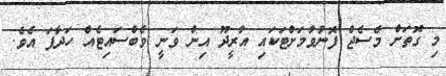
މި ގޮތަށް މެސެޖް ފޮނުވުމަށްޓަކައި އުރީދޫ އިން ވަނީ ވެބްސައިޓެއް ހަދާފަ އެވެ.